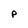
Character: P